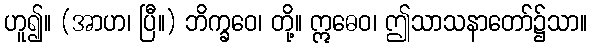
ဟူ၍။ (အာဟ၊ ပြီ။) ဘိက္ခဝေ၊ တို့။ ဣဓေဝ၊ ဤသာသနာတော်၌သာ။